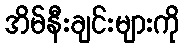
အိမ်နီးချင်းများကို